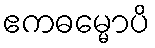
ဧကဓမ္မောပိ